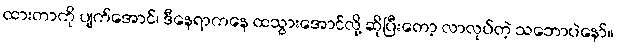
ထားတာကို ပျက်အောင်၊ ဒီနေရာကနေ ထသွားအောင်လို့ ဆိုပြီးတော့ လာလုပ်တဲ့ သဘောပဲနော်။